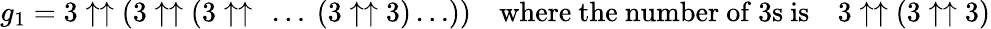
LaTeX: g_{1}=3\uparrow\uparrow(3\uparrow\uparrow(3\uparrow\uparrow\ \dots\ (3\uparrow\uparrow 3)\dots))\quad{\mathrm{where~the~number~of~3s~is}}\quad 3\uparrow\uparrow(3\uparrow\uparrow 3)